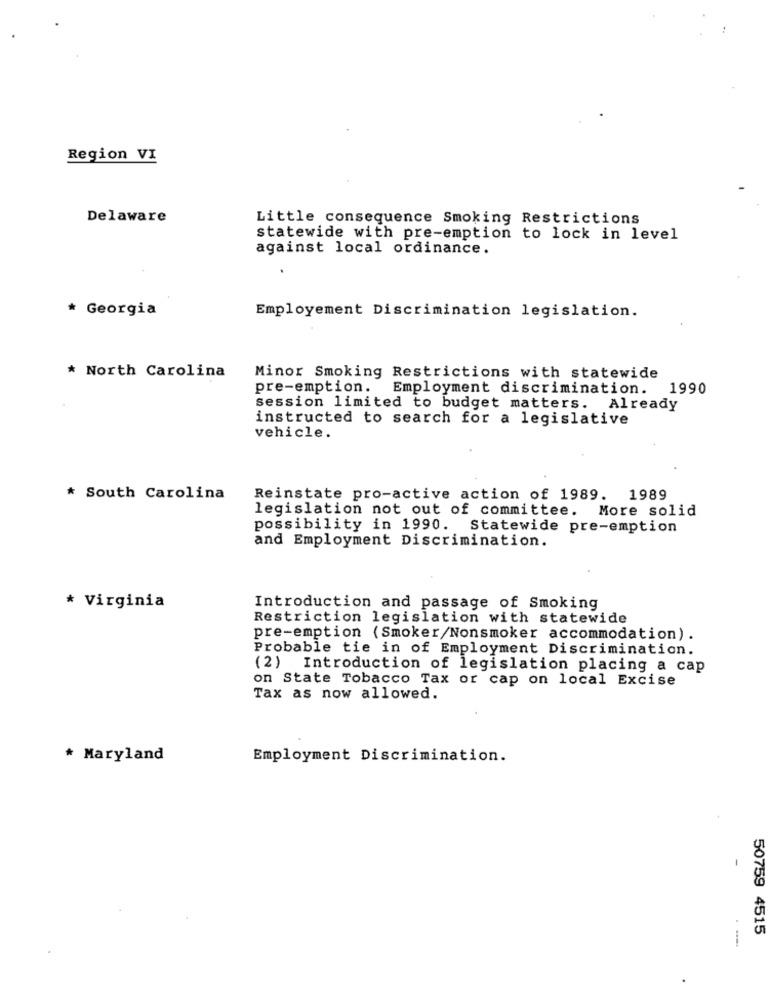
Region VI
Delaware
Little consequence Smoking Restrictions
statewide with pre-emption to lock in level
against local ordinance.
* Georgia
Employement Discrimination legislation.
* North Carolina
Minor Smoking Restrictions with statewide
pre-emption. Employment discrimination.
1990
session limited to budget matters. Already
instructed to search for a legislative
vehicle.
* South Carolina
Reinstate pro-active action of 1989. 1989
legislation not out of committee. More solid
possibility in 1990. Statewide pre-emption
and Employment Discrimination.
* Virginia
Introduction and passage of Smoking
Restriction legislation with statewide
pre-emption (Smoker/Nonsmoker accommodation) .
Probable tie in of Employment Discrimination.
(2) Introduction of legislation placing a cap
on State Tobacco Tax or cap on local Excise
Tax as now allowed.
* Maryland
Employment Discrimination.
50759 4515